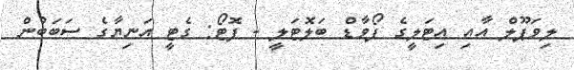
ލިވަޕޫލް އާއި އިޓަލީގެ ފޯވާޑް ބަލޮޓަލީ - ފޮޓޯ: ގެޓީ އަނިޔާގެ ސަބަބުން